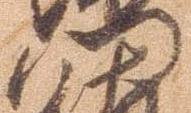
門